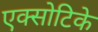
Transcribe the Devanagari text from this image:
एक्सोटिके